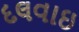
દલવાઇ